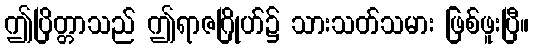
ဤပြိတ္တာသည် ဤရာဇဂြိုဟ်၌ သားသတ်သမား ဖြစ်ဖူးပြီ။